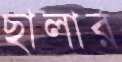
ছালার